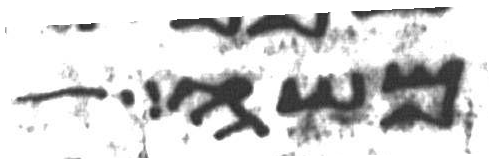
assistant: משה